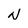
Character: N